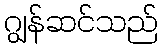
ဂျွန်ဆင်သည်